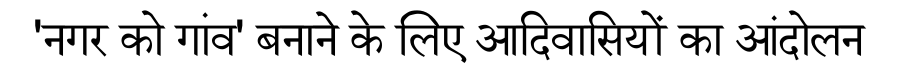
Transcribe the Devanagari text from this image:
'नगर को गांव' बनाने के लिए आदिवासियों का आंदोलन